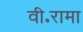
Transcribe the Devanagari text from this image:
वी॰रामा